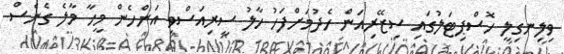
ވިލިނގިލީ ހޮސްޕިޓަލުގައި ސިޒޭރިއަން ހެދުމަށްފަހު ހާލު ސީރިއަސްވި އަންހެން މީހާ މާލެ ގެނެސް